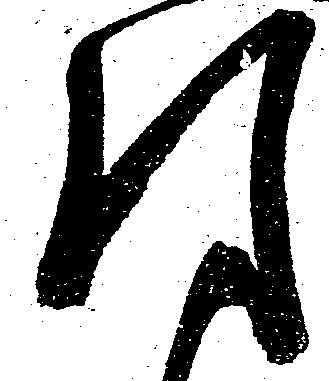
引